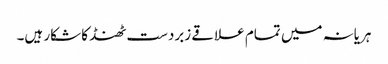
ہریانہ میں تمام علاقے زبردست ٹھنڈ کا شکار ہیں۔